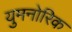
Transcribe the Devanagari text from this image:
युमनोरिक